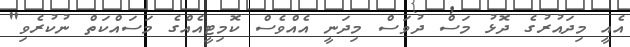
އެއީ މިދައުރުގެ ދޮޅު މަސް ދުވަސް މިދަނީ އެއްވެސް ކޮމިޓީއެއްގެ މަސައްކަތް ނުކުރެވި"